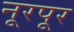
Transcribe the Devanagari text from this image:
नूरपूर